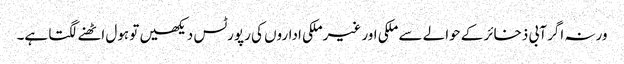
ورنہ اگر آبی ذخائر کے حوالے سے ملکی اور غیرملکی اداروں کی رپورٹس دیکھیں تو ہول اٹھنے لگتا ہے۔